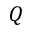
Q